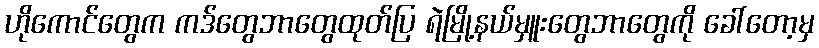
ဟိုကောင်တွေက ကဒ်တွေဘာတွေထုတ်ပြ ရဲမြို့နယ်မှူးတွေဘာတွေကို ခေါ်တော့မှ